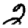
Digit: 2